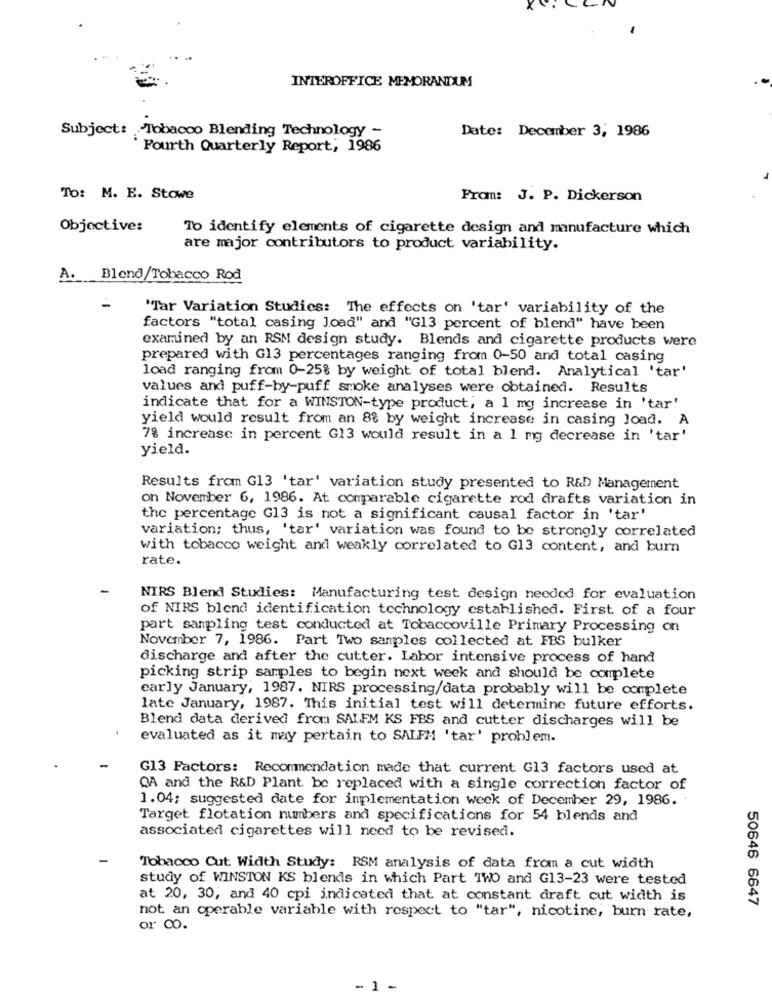
INTEROFFICE MEMORANDUM
Subject: Tobacco Blending Technology -
Date: December 3, 1986
Fourth Quarterly Report; 1986
To: M. E. Stowe
From: J. P. Dickerson
Objective:
To identify elements of cigarette design and manufacture which
are major contributors to product variability.
A. Blend/Tobacco Rod
'Tar Variation Studies: The effects on 'tar' variability of the
factors "total casing Joad" and "G13 percent of blend" have been
examined by an RSM design study. Blends and cigarette products were
prepared with G13 percentages ranging from 0-50 and total casing
load ranging from 0-25% by weight of total blend. Analytical 'tar'
values and puff-by-puff smoke analyses were obtained. Results
indicate that for a WINSTON-type product, a 1 mg increase in 'tar'
yield would result from an 88 by weight increase in casing load. A
7% increase in percent G13 would result in a 1 mg decrease in 'tar'
yield.
Results from G13 'tar' variation study presented to R&D Management
on November 6, 1986. At comparable cigarette rod drafts variation in
the percentage G13 is not a significant causal factor in 'tar'
variation; thus, 'tar' variation was found to be strongly correlated
with tobacco weight and weakly correlated to G13 content, and burn
rate.
NIRS Blend Studies: Manufacturing test design needed for evaluation
of NIRS blend identification technology established. First of a four
part sampling test conducted at Tobaccoville Primary Processing on
November 7, 1986. Part Two samples collected at FBS bulker
discharge and after the cutter. Labor intensive process of hand
picking strip samples to begin next week and should be complete
early January, 1987. NIRS processing/data probably will be complete
late January, 1987. This initial test will determine future efforts.
Blend data derived from SALEM KS FBS and cutter discharges will be
evaluated as it may pertain to SALFM 'tar' problem.
G13 Factors: Recommendation made that current G13 factors used at
QA and the R&D Plant be replaced with a single correction factor of
1.04; suggested date for implementation week of December 29, 1986.
Target flotation numbers and specifications for 54 blends and
associated cigarettes will need to be revised.
Tobacco Cut Width Study: RSM analysis of data from a cut width
study of WINSTON KS blends in which Part TWO and G13-23 were tested
at 20, 30, and 40 cpi indicated that at constant draft cut width is
50646 6647
not an operable variable with respect to "tar", nicotine, burn rate,
or CO.
- 1 -